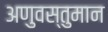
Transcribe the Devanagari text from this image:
अणुवस्तुमान